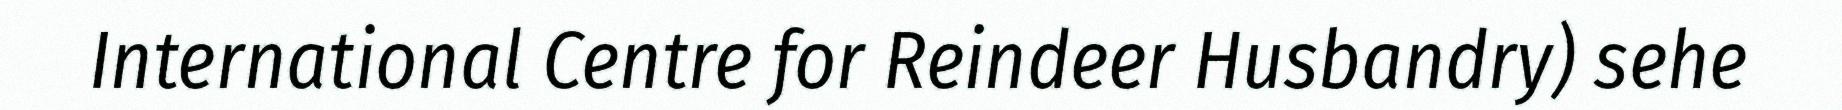
International Centre for Reindeer Husbandry) sehe